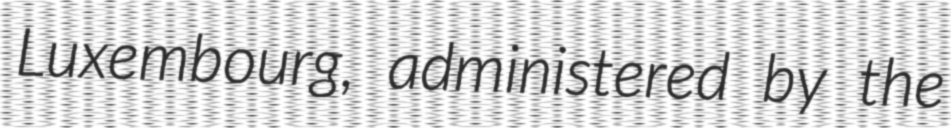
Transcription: Luxembourg, administered by the